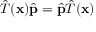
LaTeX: { \hat { T } } ( \mathbf { x } ) { \hat { \mathbf { p } } } = { \hat { \mathbf { p } } } { \hat { T } } ( \mathbf { x } )